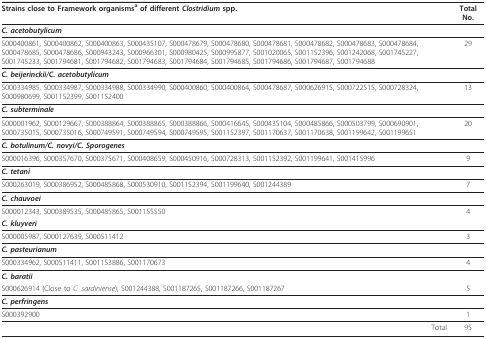
<table><thead><tr><td><b>Strains close to Framework organisms<sup>a </sup>of different <i>Clostridium </i>spp.</b></td><td><b>Total No.</b></td></tr></thead><tbody><tr><td colspan="2"><i><b>C. acetobutylicum</b></i></td></tr><tr><td>S000400861, S000400862, S000400863, S000435107, S000478679, S000478680, S000478681, S000478682, S000478683, S000478684, S000478685, S000478686, S000943243, S000966301, S000980425, S000995877, S001020065, S001152396, S001242068, S001745227, S001745233, S001794681, S001794682, S001794683, S001794684, S001794685, S001794686, S001794687, S001794688</td><td>29</td></tr><tr><td colspan="2"><i><b>C. beijerinckii/C. acetobutylicum</b></i></td></tr><tr><td>S000334985, S000334987, S000334988, S000334990, S000400860, S000400864, S000478687, S000626915, S000722515, S000728324, S000980699, S001152399, S001152400</td><td>13</td></tr><tr><td colspan="2"><i><b>C. subterminale</b></i></td></tr><tr><td>S000001962, S000129667, S000388864, S000388865, S000388866, S000416645, S000435104, S000485866, S000503799, S000690901, S000735015, S000735016, S000749591, S000749594, S000749595, S001152397, S001170637, S001170638, S001199642, S001199651</td><td>20</td></tr><tr><td colspan="2"><i><b>C. botulinum/C. novyi/C. Sporogenes</b></i></td></tr><tr><td>S000016396, S000357670, S000375671, S000408659, S000450916, S000728313, S001152392, S001199641, S001415996</td><td>9</td></tr><tr><td colspan="2"><i><b>C. tetani</b></i></td></tr><tr><td>S000263019, S000386952, S000485868, S000530910, S001152394, S001199640, S001244389</td><td>7</td></tr><tr><td colspan="2"><i><b>C. chauvoei</b></i></td></tr><tr><td>S000012343, S000389535, S000485865, S001155550</td><td>4</td></tr><tr><td colspan="2"><i><b>C. kluyveri</b></i></td></tr><tr><td>S000005987, S000127639, S000511412</td><td>3</td></tr><tr><td colspan="2"><i><b>C. pasteurianum</b></i></td></tr><tr><td>S000334962, S000511411, S001153886, S001170673</td><td>4</td></tr><tr><td colspan="2"><i><b>C. baratii</b></i></td></tr><tr><td>S000626914 (Close to <i>C. sardiniense</i>), S001244388, S001187265, S001187266, S001187267</td><td>5</td></tr><tr><td colspan="2"><i><b>C. perfringens</b></i></td></tr><tr><td>S000392900</td><td>1</td></tr><tr><td>Total</td><td>95</td></tr></tbody></table>